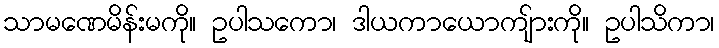
သာမဏေမိန်းမကို။ ဥပါသကော၊ ဒါယကာယောကျ်ားကို။ ဥပါသိကာ၊